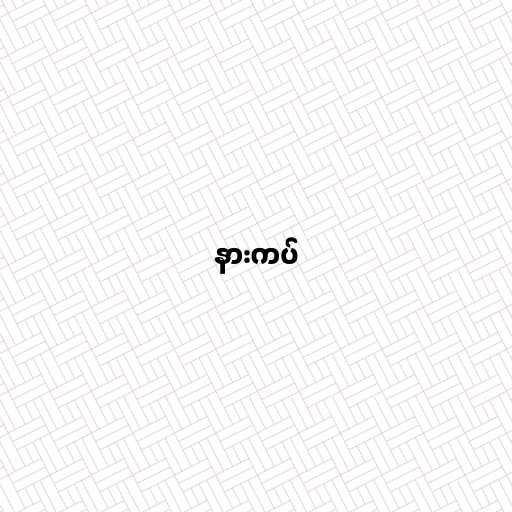
နားကပ်